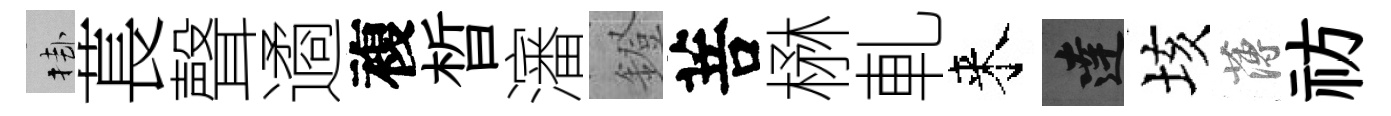
挂萇聲遹複晳瀋鐙菩楙軋来達垓薄祊